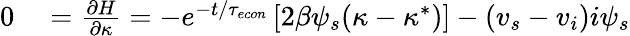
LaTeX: \begin{array}{rl}{0}&{{}=\frac{\partial H}{\partial\kappa}=-e^{-t/{\tau_{econ}}}\left[2\beta\psi_{s}(\kappa-\kappa^{*})\right]-(v_{s}-v_{i})i\psi_{s}}\end{array}